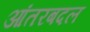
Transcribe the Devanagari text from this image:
आंतरबदल